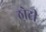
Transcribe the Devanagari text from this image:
ठोटी